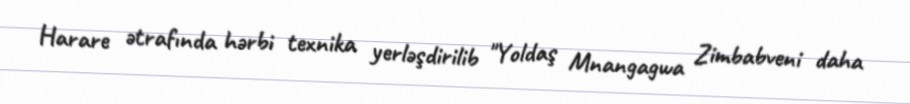
Harare ətrafında hərbi texnika yerləşdirilib "Yoldaş Mnangagwa Zimbabveni daha